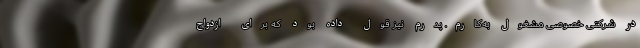
در شرکتی خصوصی مشغول به‌کارم. پدرم نیز قول داده بود که برای ازدواج